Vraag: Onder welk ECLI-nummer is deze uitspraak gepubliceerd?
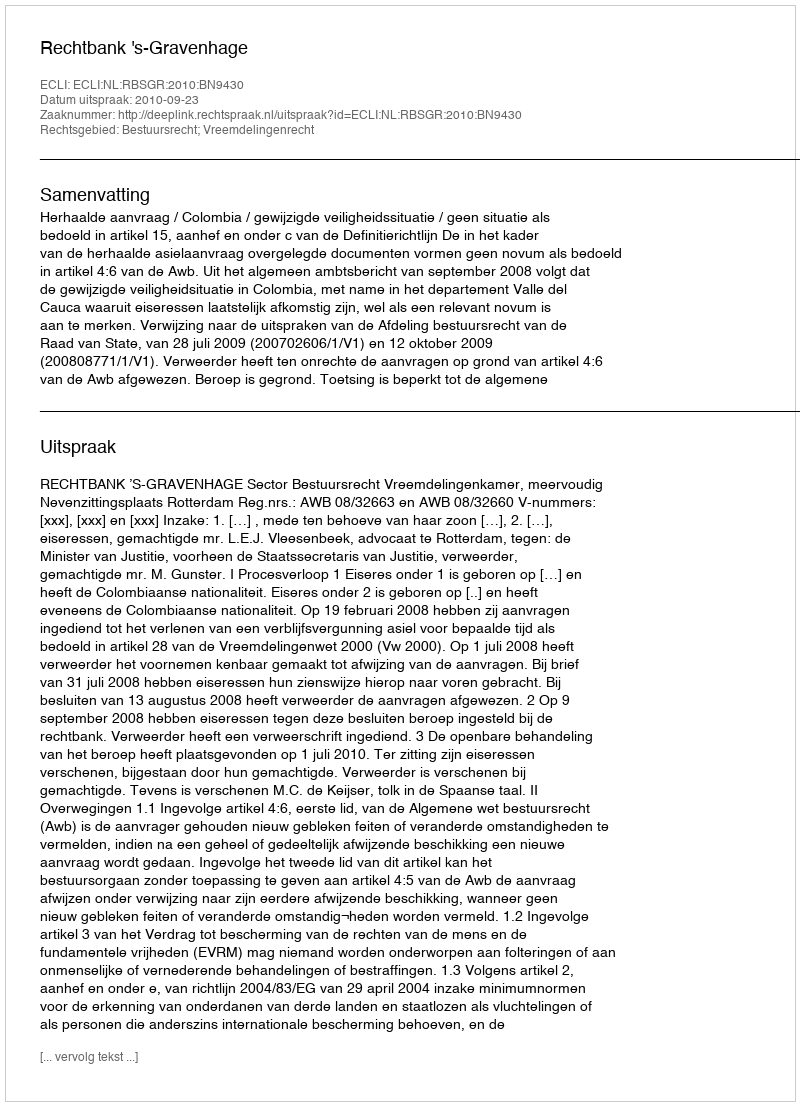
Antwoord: ECLI:NL:RBSGR:2010:BN9430